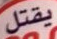
يقتل